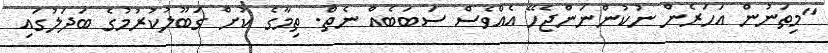
"މިތަނުން އަހަރެން ނުކުންނަންޖެހޭ އެއްވެސް ސަބަބެއް ނެތް. ތިމާގެ ކުށް ގަބޫލުކުރުމުގެ ބަދަލުގައި